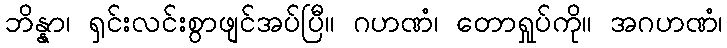
ဘိန္နာ၊ ရှင်းလင်းစွာဖျင်အပ်ပြီ။ ဂဟဏံ၊ တောရှုပ်ကို။ အဂဟဏံ၊